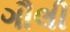
ગૌલી